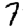
Digit: 7